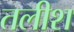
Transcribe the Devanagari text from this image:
तलीश